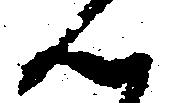
ん